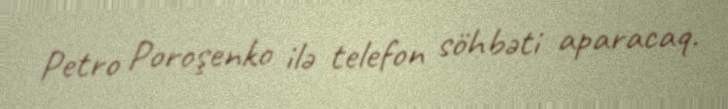
Petro Poroşenko ilə telefon söhbəti aparacaq.